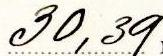
30,39